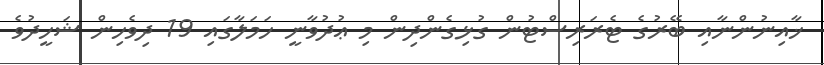
ޚާއިނުންނާއި ބޭރުގެ ޓެރަރިސްޓުން ގުޅިގެންދިން މި ޢުދުވާނީ ހަމަލާގައި 19 ދިވެހިން ޝަހީދުވެ